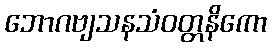
ဘောဂဗျသနသံဝတ္တနိကော